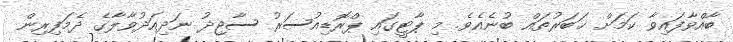
ބާއްވާފައިވާ ކަމަށް ޚަބަރުތައް ބުނެއެވެ. މި ޕާޓީގައި ޕްރޮޑިއުސަރު ސާޖިދު ނަދިއަދުވާލާގެ ދެމަފިރިން